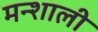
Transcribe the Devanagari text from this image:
मन्शाली